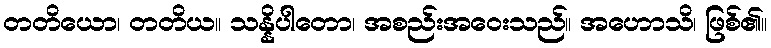
တတိယော၊ တတိယ။ သန္နိပါတော၊ အစည်းအဝေးသည်။ အဟောသိ၊ ဖြစ်၏။